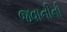
જવાનીની